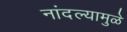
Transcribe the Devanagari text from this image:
नांदल्यामुळे